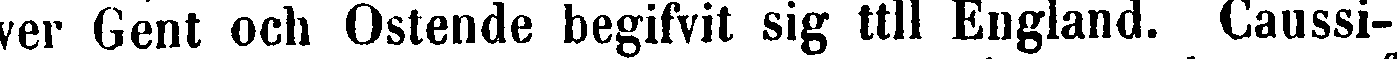
ver Gent och Ostende begifvit sig till England. Caussi-